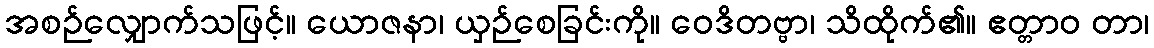
အစဉ်လျှောက်သဖြင့်။ ယောဇနာ၊ ယှဉ်စေခြင်းကို။ ဝေဒိတဗ္ဗာ၊ သိထိုက်၏။ ဧတ္တာဝ တာ၊